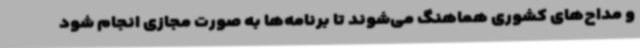
و مداح‌های کشوری هماهنگ می‌شوند تا برنامه‌ها به صورت مجازی انجام شود